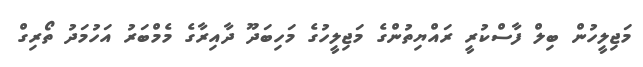
މަޖިލީހުން ބިލް ފާސްކުރީ ރައްޔިތުންގެ މަޖިލީހުގެ މަހިބަދޫ ދާއިރާގެ މެމްބަރު އަހުމަދު ތޯރިގް